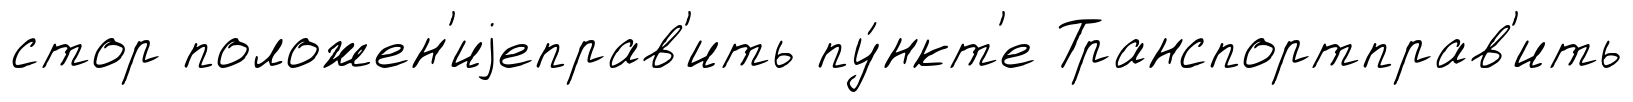
стор положен'иjеправ'ить пу́нкт'е Транспортправ'ить